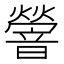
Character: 䪯